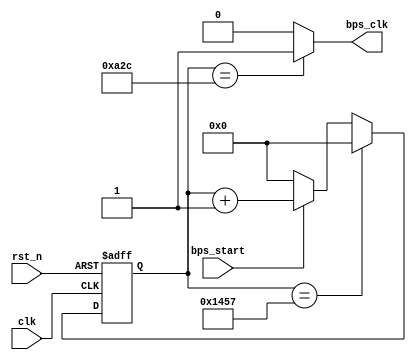
module bps_set(
	input clk,
	input rst_n,
	input bps_start,
	output bps_clk
    );
	reg[12:0]cnt_bps;
	parameter bps=13'd5208;  //(50_000_000/9600)
	always@(posedge clk or negedge rst_n)
	    begin
	    if(!rst_n)                 cnt_bps<= 13'd0;
	    else if(cnt_bps==bps-1'b1) cnt_bps<= 13'd0;
	    else if(bps_start)         cnt_bps<= cnt_bps+1'b1;
	    else                       cnt_bps<= 1'b0;
	    end
	assign bps_clk=(cnt_bps==13'd2604)?1'b1:1'b0;
endmodule